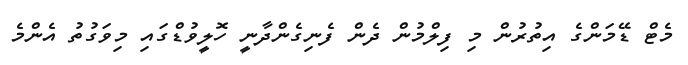
މެޓް ޑޭމަންގެ އިތުރުން މި ފިލްމުން ދެން ފެނިގެންދާނީ ހޮލީވުޑްގައި މިވަގުތު އެންމެ